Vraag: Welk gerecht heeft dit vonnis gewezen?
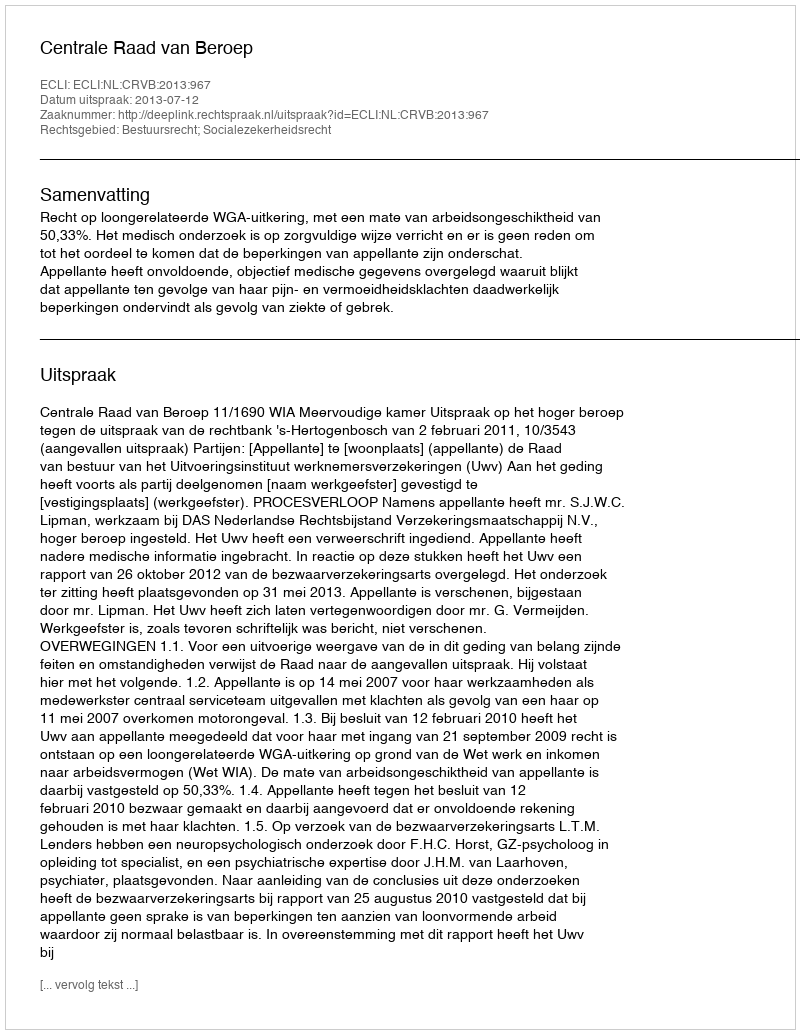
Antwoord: Centrale Raad van Beroep